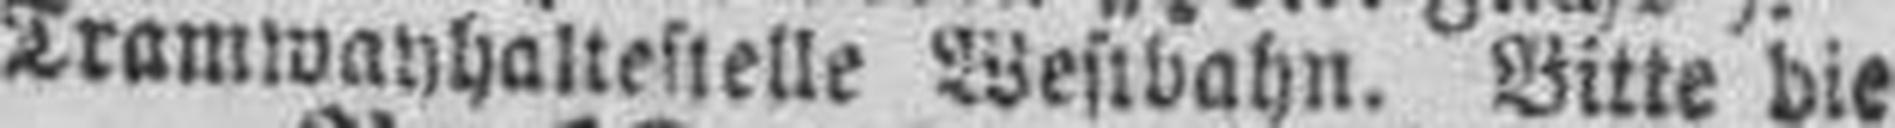
Tramwayhaltestelle Westbahn. Bitte die